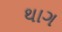
થાગ